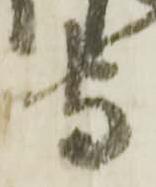
守